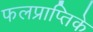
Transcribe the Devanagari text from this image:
फलप्राप्तिके